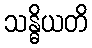
သန္ဓိယတိ